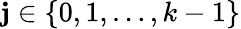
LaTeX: \mathbf{j}\in\{ 0,1,\ldots,k-1\}